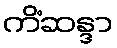
ကိံဆန္ဒာ